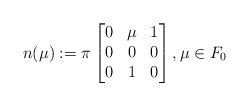
\begin{align*} n(\mu):=\pi \begin{bmatrix}0 & \mu & 1 \\ 0& 0 & 0\\ 0 & 1 & 0\end{bmatrix}, \mu\in F_0\end{align*}